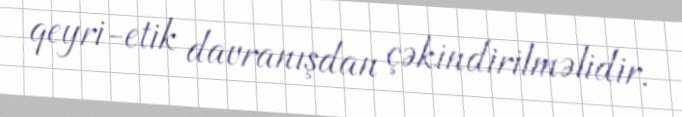
qeyri-etik davranışdan çəkindirilməlidir.